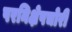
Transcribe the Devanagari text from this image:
परनिक्षेपचोरी